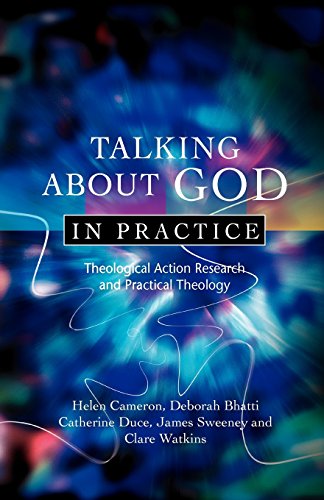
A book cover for Talking About God in Practice; Helen Cameron; Christian Books & Bibles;